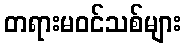
တရားမဝင်သစ်များ